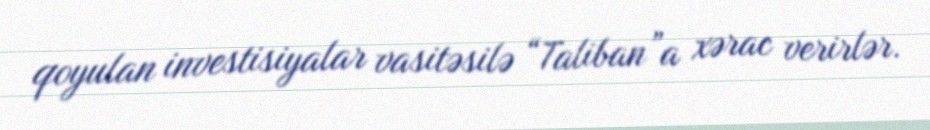
qoyulan investisiyalar vasitəsilə “Taliban”a xərac verirlər.